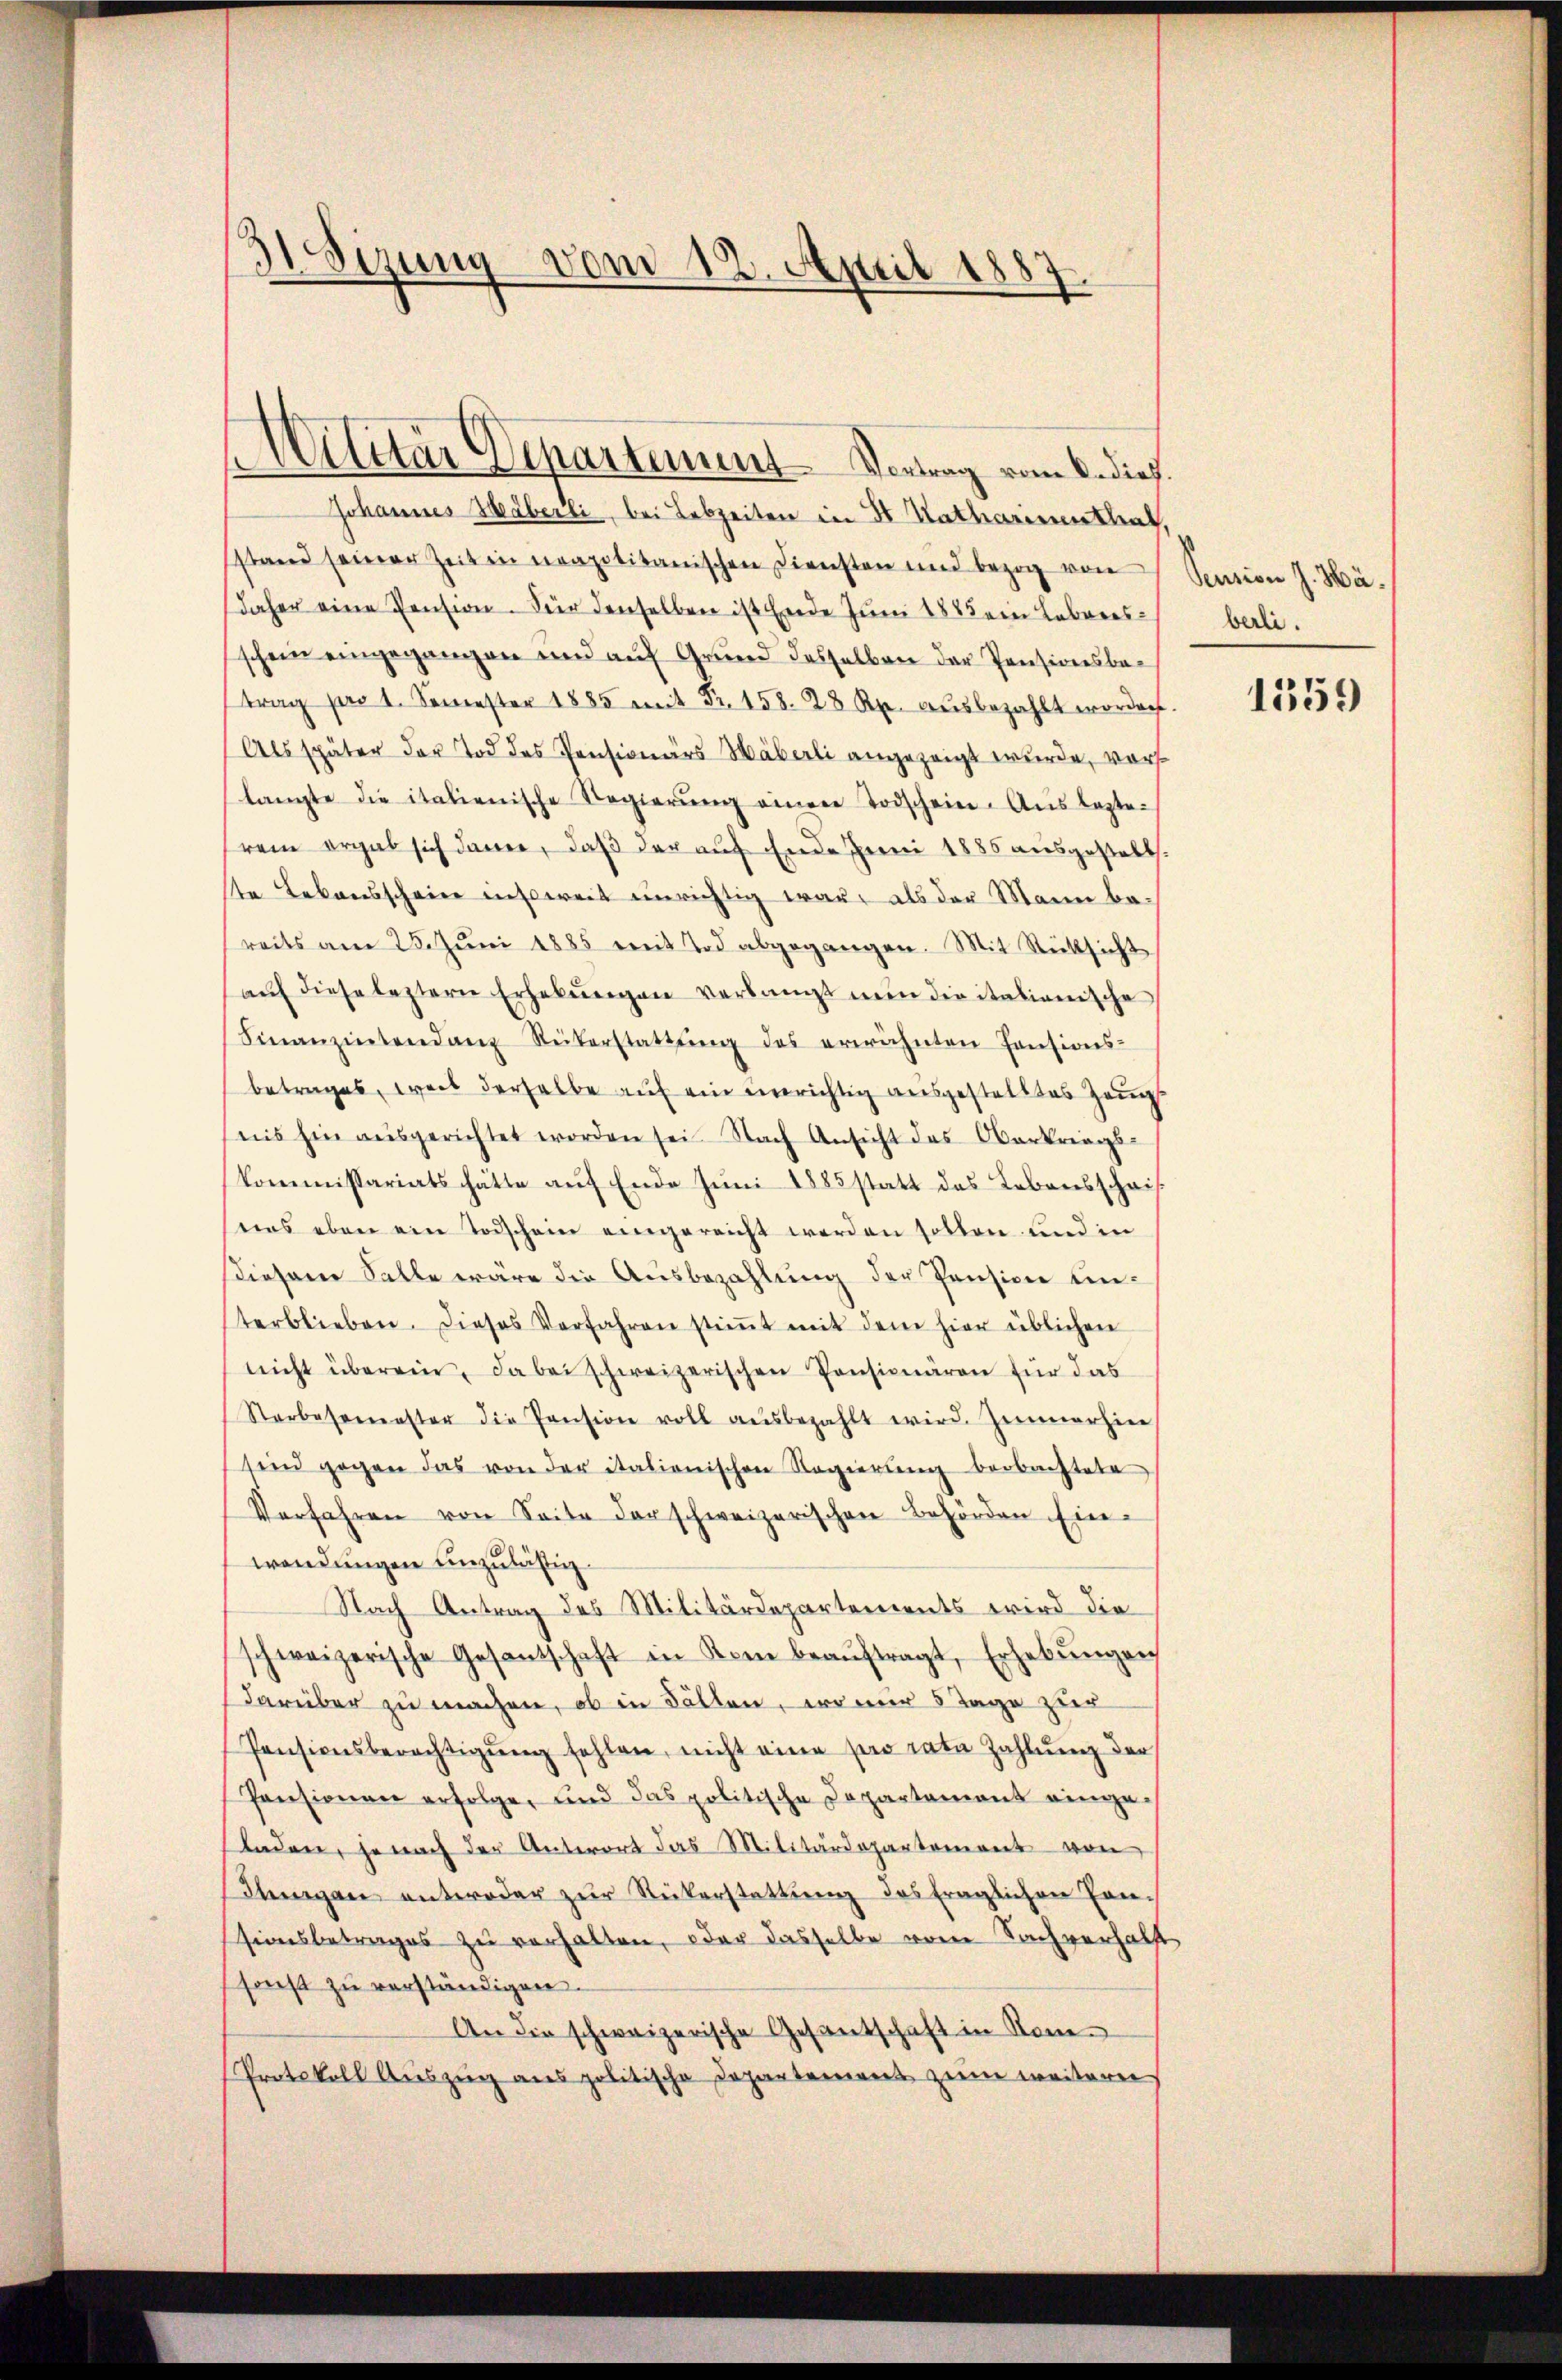
Sizung vom 12. April 1883

Militär Departement Vortrag vom 6. dies

Johannes Häberli, bei Lebzeiten in St. Natharinnenthal,
stand seiner Zeit in neapolitanischen Diensten und bezog von
daher eine Pension. Für denselben ist Ende Juni 1888 ein Lebenes
schein eingegangen und auf Grund desselben der Pensionsbetrag pro 1. Semester 1885 mit Fr. 158. 28 Rp. aŭsbezahlt worden
Als später der Tod des Pensionärs Häberli angezeigt wurde, vors
langte die italienische Regierŭng einer Todschein. Aŭslasterem ergab sich dann, daß der auf Ende Juni 1885 ausgestellt.
te Bekannschein insoweit unrichtig war, als der Mann be-
reits am 28. Juni 1885 mit Tod abgegangen. Mit Rüksicht
aŭf diese leztern Erhebŭngen verlangt nun die italionische
Finanzintenden Rükerstattŭng des erwähnten Pensions-
betrages, weil derselbe auf ein einrichtig ausgestelltes Zeug
nis hin aŭsgerichtet worden sei. Nach Ansicht des Oberkriegs-
kommissariats hätte aŭf Ende Juni 1885 statt des Lebensschri
eens eben ein Todschein eingereicht werden sollen und in
diesem Salle wäre die Ausbezahlung der Pension unterblieben. Dieses Verfahren stimmt mit dem hier üblichen
nicht überein, da bei schweizerischen Pensionären für das
Starbasemester die Pension voll aŭsbezahlt wird. Zimmerhin
sind gegen das von der italienischen Regierŭng beobachtete
Verfahren von Seite der schweizerischen Behörden Ein-
wendungen einzulässig.
Nach Antrag des Militärdepartements wird die
schweizerische Gesantschaft in Kon beaŭftragt, Erhebŭngen
darüber zu machen, ob in Bällen, wo mir 5 Tage zur
Pensionsberechtigŭng fehlen, nicht eine pro rata Zahlung der
Pensionen erfolge, und das politische Departement einge-
Laden, je nach der Unterort das Militärdepartement von
Thurgau unteroder zur Neikerstattung des fraglichen Tonsiiesbetrages zu verhalten, oder dasselbe vom Sachverhälft
sonst zu verständigen.
An die schweizerische Gesantschaft in Rom
Protokoll Auszug aus politische Departement zum weitere

Sention J. Hä
berli.

1559